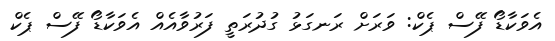
އެވަކާޑޯ ފޭސް ޕެކް: ވަރަށް ރަނގަޅު ގުދުރަތީ ފަރުވާއެއް އެވަކާޑޯ ފޭސް ޕެކް